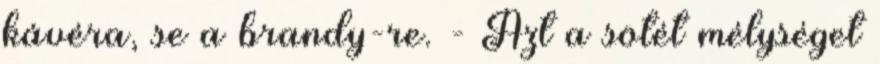
kávéra, se a brandy-re. - Azt a sötét mélységet